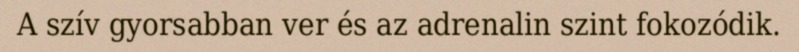
A szív gyorsabban ver és az adrenalin szint fokozódik.